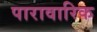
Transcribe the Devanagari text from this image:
पारावारिक